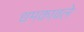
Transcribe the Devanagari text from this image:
धमकावले